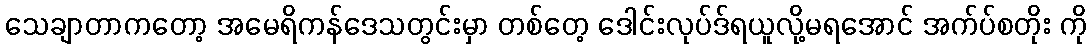
သေချာတာကတော့ အမေရိကန်ဒေသတွင်းမှာ တစ်တေ့ ဒေါင်းလုပ်ဒ်ရယူလို့မရအောင် အက်ပ်စတိုး ကို